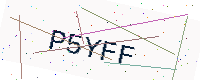
Text: P5YFF